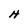
Character: H